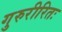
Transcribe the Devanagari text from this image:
गुरुरीरितः